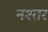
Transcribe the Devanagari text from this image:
नश्तर